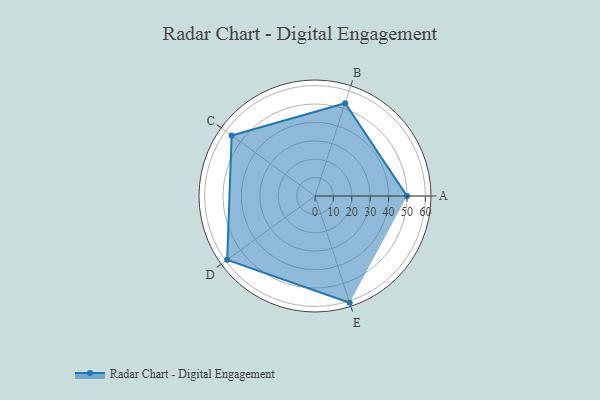
{"axis": {"x": "Skill", "y": "Score"}, "legend": ["Profile"], "data": [{"x": "A", "y": 50.0, "type": "Profile"}, {"x": "B", "y": 53.0, "type": "Profile"}, {"x": "C", "y": 56.0, "type": "Profile"}, {"x": "D", "y": 59.0, "type": "Profile"}, {"x": "E", "y": 61.0, "type": "Profile"}]}